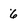
Character: 6